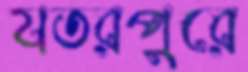
যতরপুরে